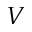
V